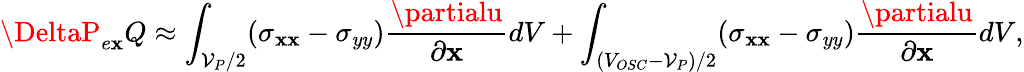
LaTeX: \DeltaP_{e\mathbf{x}}Q\approx\int_{\mathcal{{V}}_{P}/2}(\sigma_{\mathbf{x}\mathbf{x}}-\sigma_{yy})\frac{{\partialu}}{{\partial\mathbf{x}}}dV+\int_{(V_{OSC}-\mathcal{{V}}_{P})/2}(\sigma_{\mathbf{x}\mathbf{x}}-\sigma_{yy})\frac{{\partialu}}{{\partial\mathbf{x}}}dV,